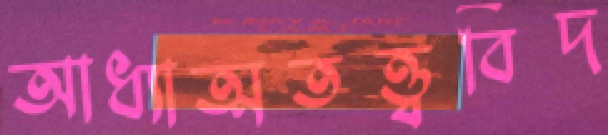
আধ্যাত্মতত্ত্ববিদ